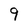
Character: 9